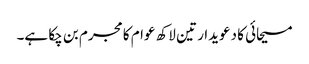
مسیحائی کا دعویدار تین لاکھ عوام کا مجرم بن چکا ہے۔